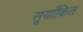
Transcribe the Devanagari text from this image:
सूर्यांकित